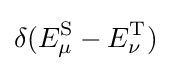
\delta (E_{\mu }^{\text{S}}-E_{\nu }^{\text{T}})